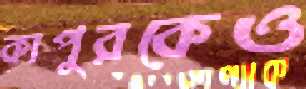
কাপুরকেও